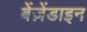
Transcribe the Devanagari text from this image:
बेंज़ेंडाइन